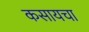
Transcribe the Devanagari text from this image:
कसायचा